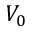
V _ { 0 }